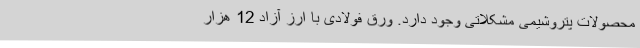
محصولات پتروشیمی مشکلاتی وجود دارد. ورق فولادی با ارز آزاد 12 هزار